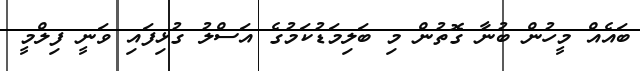
ބައެއް މީހުން ބުނާ ގޮތުން މި ބަލިމަޑުކަމުގެ އަސްލު ގުޅިފައި ވަނީ ފިލްމީ